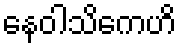
နေဝါသိကေဟိ